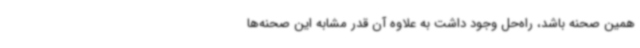
همین صحنه باشد، راه‌حل وجود داشت به علاوه آن قدر مشابه این صحنه‌ها